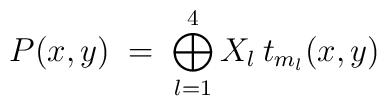
P(x,y) \;=\; \bigoplus_{l=1}^4 X_l \:t_{m_l}(x,y)